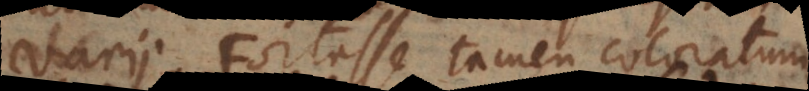
varii. Fortasse tamen coloratum